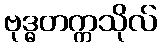
ဗုဒ္ဓတက္ကသိုလ်